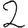
Digit: 2